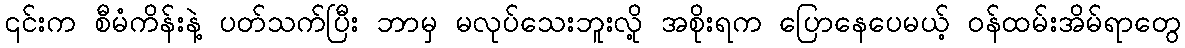
၎င်းက စီမံကိန်းနဲ့ ပတ်သက်ပြီး ဘာမှ မလုပ်သေးဘူးလို့ အစိုးရက ပြောနေပေမယ့် ဝန်ထမ်းအိမ်ရာတွေ